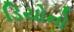
ડિયોનો